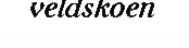
veldskoen